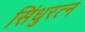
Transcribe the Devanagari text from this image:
सिंधुरत्‍न